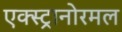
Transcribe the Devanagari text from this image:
एक्स्ट्रानोरमल